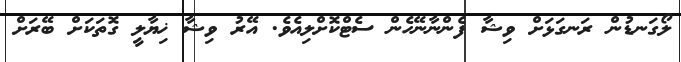
ލޯގަނޑުން ރަނގަޅަށް ވިޝާ ފެންނާނޭހެން ސެޓްކޮށްލިއެވެ. އޭރު ވިޝާ ޚިޔާލީ ގޮތަކަށް ބޭރަށް